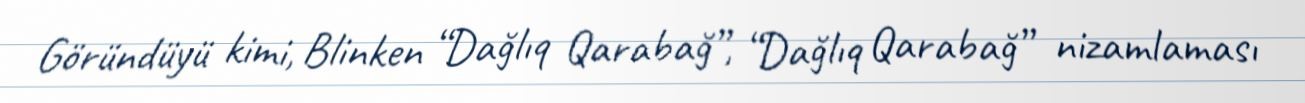
Göründüyü kimi, Blinken “Dağlıq Qarabağ”, “Dağlıq Qarabağ” nizamlaması